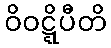
ဝိဝဋ္ဋိပီတိ